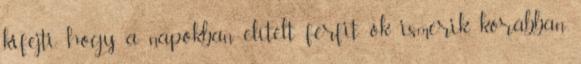
kifejti, hogy a napokban elítélt férfit ők ismerik, korábban